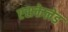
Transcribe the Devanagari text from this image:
एसकेलेड